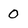
Character: 0